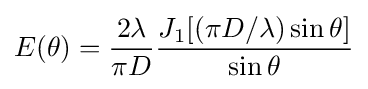
E(\theta )={\frac {2\lambda }{\pi D}}{\frac {J_{1}[(\pi D/\lambda )\sin \theta ]}{\sin \theta }}